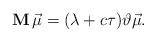
LaTeX: \begin{align*}\mathbf{M}\,\vec{\mu}= ( \lambda+c\tau ) \vartheta \vec{\mu}.\end{align*}